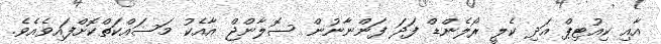
އާއި ކިއުޓިޕް އަދި ކެލީ ރޯލެންޑް ފަދަ ފަންނާނުން ސޮލާންޖް އާއެކު މަސައްކަތްކޮށްފައިވެއެވެ.